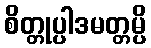
စိတ္တုပ္ပါဒမတ္တမ္ပိ